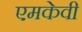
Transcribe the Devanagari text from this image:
एमकेवी